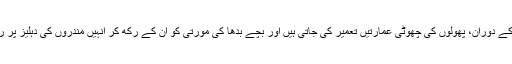
"ہانا متسوری" کے دوران، پھولوں کی چھوٹی عمارتیں تعمیر کی جاتی ہیں اور بچے بدھا کی مورتی کو اُن کے رکھ کر انہیں مندروں کی دہلیز پر رکھ دیا جاتا ہے۔